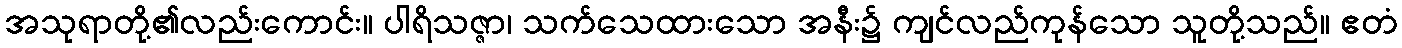
အသုရာတို့၏လည်းကောင်း။ ပါရိသဇ္ဇာ၊ သက်သေထားသော အနီး၌ ကျင်လည်ကုန်သော သူတို့သည်။ ဧတံ